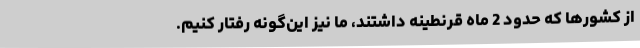
از کشورها که حدود 2 ماه قرنطینه داشتند، ما نیز این‌گونه رفتار کنیم.